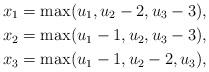
LaTeX: \begin{align*}x_{1}&=\max(u_{1},u_{2}-2,u_{3}-3),\\x_{2}&=\max(u_{1}-1,u_{2},u_{3}-3),\\x_{3}&=\max(u_{1}-1,u_{2}-2,u_{3}),\end{align*}